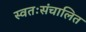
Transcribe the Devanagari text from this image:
स्वतःसंचालित